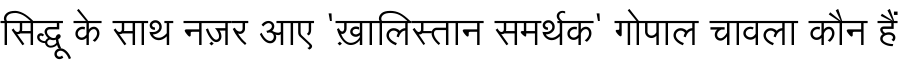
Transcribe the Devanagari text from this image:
सिद्धू के साथ नज़र आए 'ख़ालिस्तान समर्थक' गोपाल चावला कौन हैं